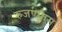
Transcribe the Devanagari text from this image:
रुजण्यास